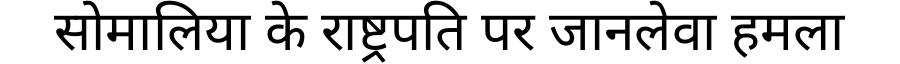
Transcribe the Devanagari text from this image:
सोमालिया के राष्ट्रपति पर जानलेवा हमला